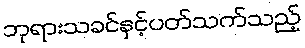
ဘုရားသခင်နှင့်ပတ်သက်သည့်